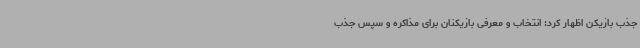
جذب بازیکن اظهار کرد: انتخاب و معرفی بازیکنان برای مذاکره و سپس جذب